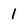
Character: 1